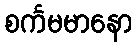
စင်္ကမမာနော